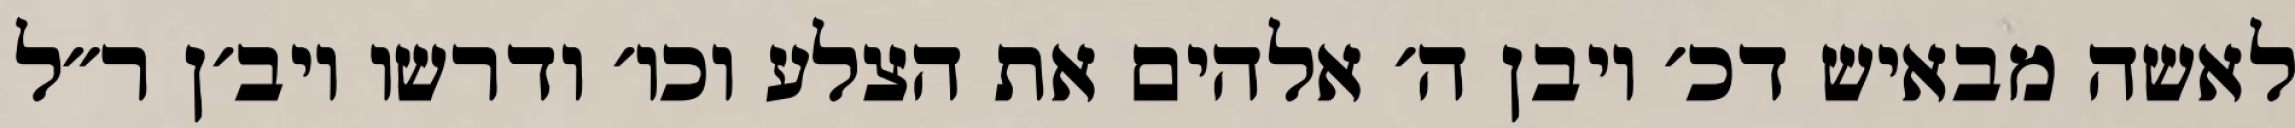
לאשה מבאיש דכ׳ ויבן ה׳ אלהים את הצלע וכו׳ ודרשו ויב׳ן ר״ל